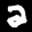
Label: 2